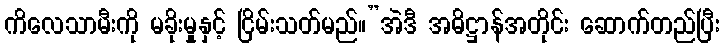
ကိလေသာမီးကို မခိုးမှုနှင့် ငြိမ်းသတ်မည်။”အဲဒီ အဓိဋ္ဌာန်အတိုင်း ဆောက်တည်ပြီး